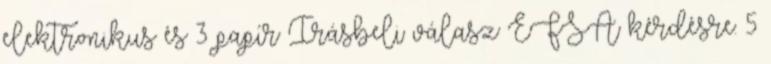
elektronikus és 3 papír Írásbeli válasz EFSA kérdésre: 5